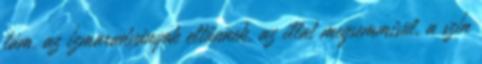
lám, az ízmaradványok eltűnnek, az illat megsemmisül, a szín